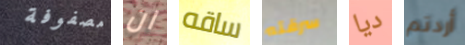
مصفوفة ان ساقه سرقته ديا أردتم